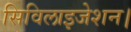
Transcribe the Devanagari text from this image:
सिविलाइजेशन।